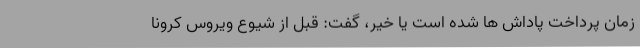
زمان پرداخت پاداش ها شده است یا خیر، گفت: قبل از شیوع ویروس کرونا